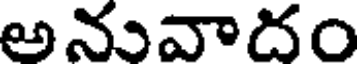
అనువాదం